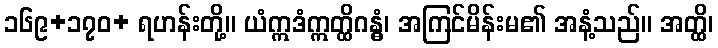
၁၆၉+၁၇၀+ ရဟန်းတို့။ ယံဣဒံဣတ္ထိဂန္ဓံ၊ အကြင်မိန်းမ၏ အနံ့သည်။ အတ္ထိ၊